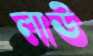
লাউ